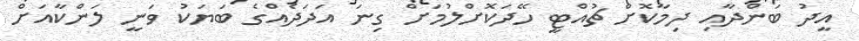
އީދު ބަންދާއި ދިމާކޮށް ޗުއްޓީ ހޭދަކޮށްލުމަށް ގިނަ އަދަދެއްގެ ބަޔަކު ވަނީ ލަންކާއަށް